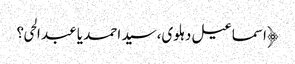
﴿اسماعیل دہلوی،سید احمد یا عبد الحی؟